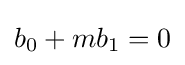
b_{0}+mb_{1}=0